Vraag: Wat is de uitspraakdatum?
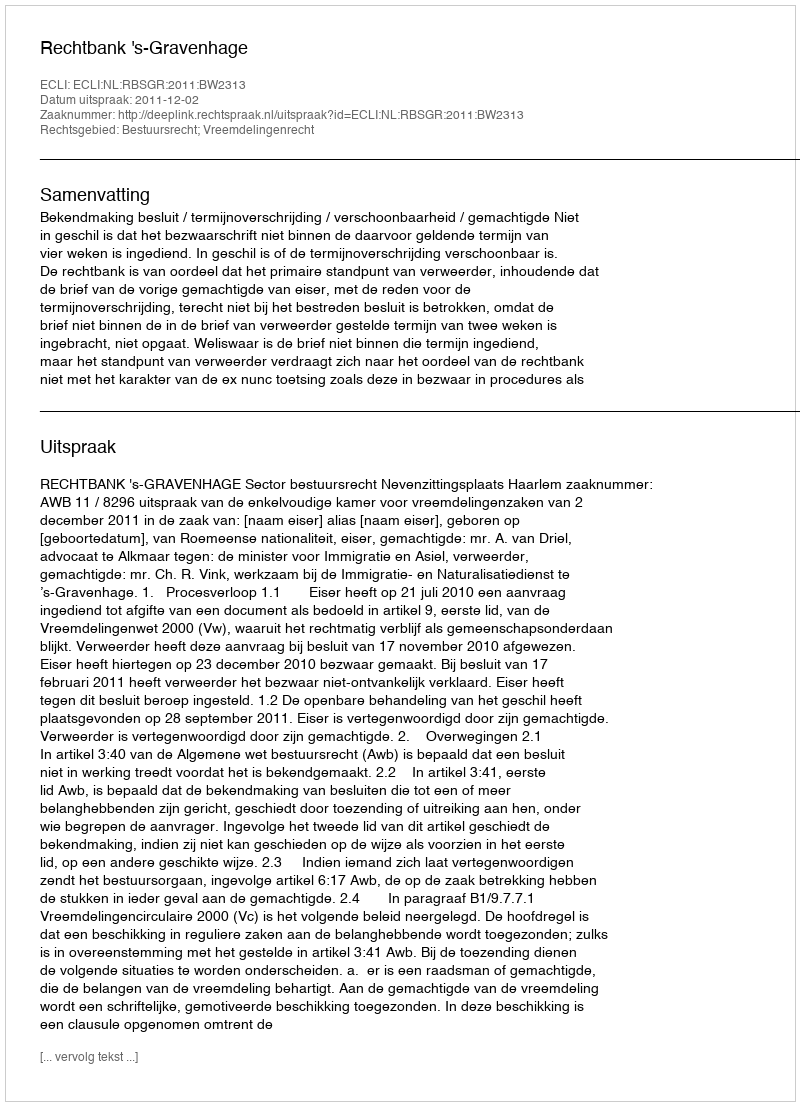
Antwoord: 2011-12-02